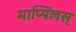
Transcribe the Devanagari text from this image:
माप्पिलस्